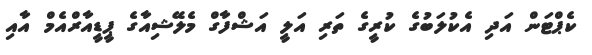
ކެޕްޓަން އަދި އެކުލަބުގެ ކުރީގެ ތަރި އަލީ އަޝްފާގް މެލޭޝިއާގެ ޕީޑީއާރްއެމް އާއި